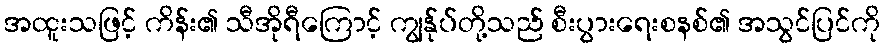
အထူးသဖြင့် ကိန်း၏ သီအိုရီကြောင့် ကျွန်ုပ်တို့သည် စီးပွားရေးစနစ်၏ အသွင်ပြင်ကို